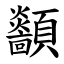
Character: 顲